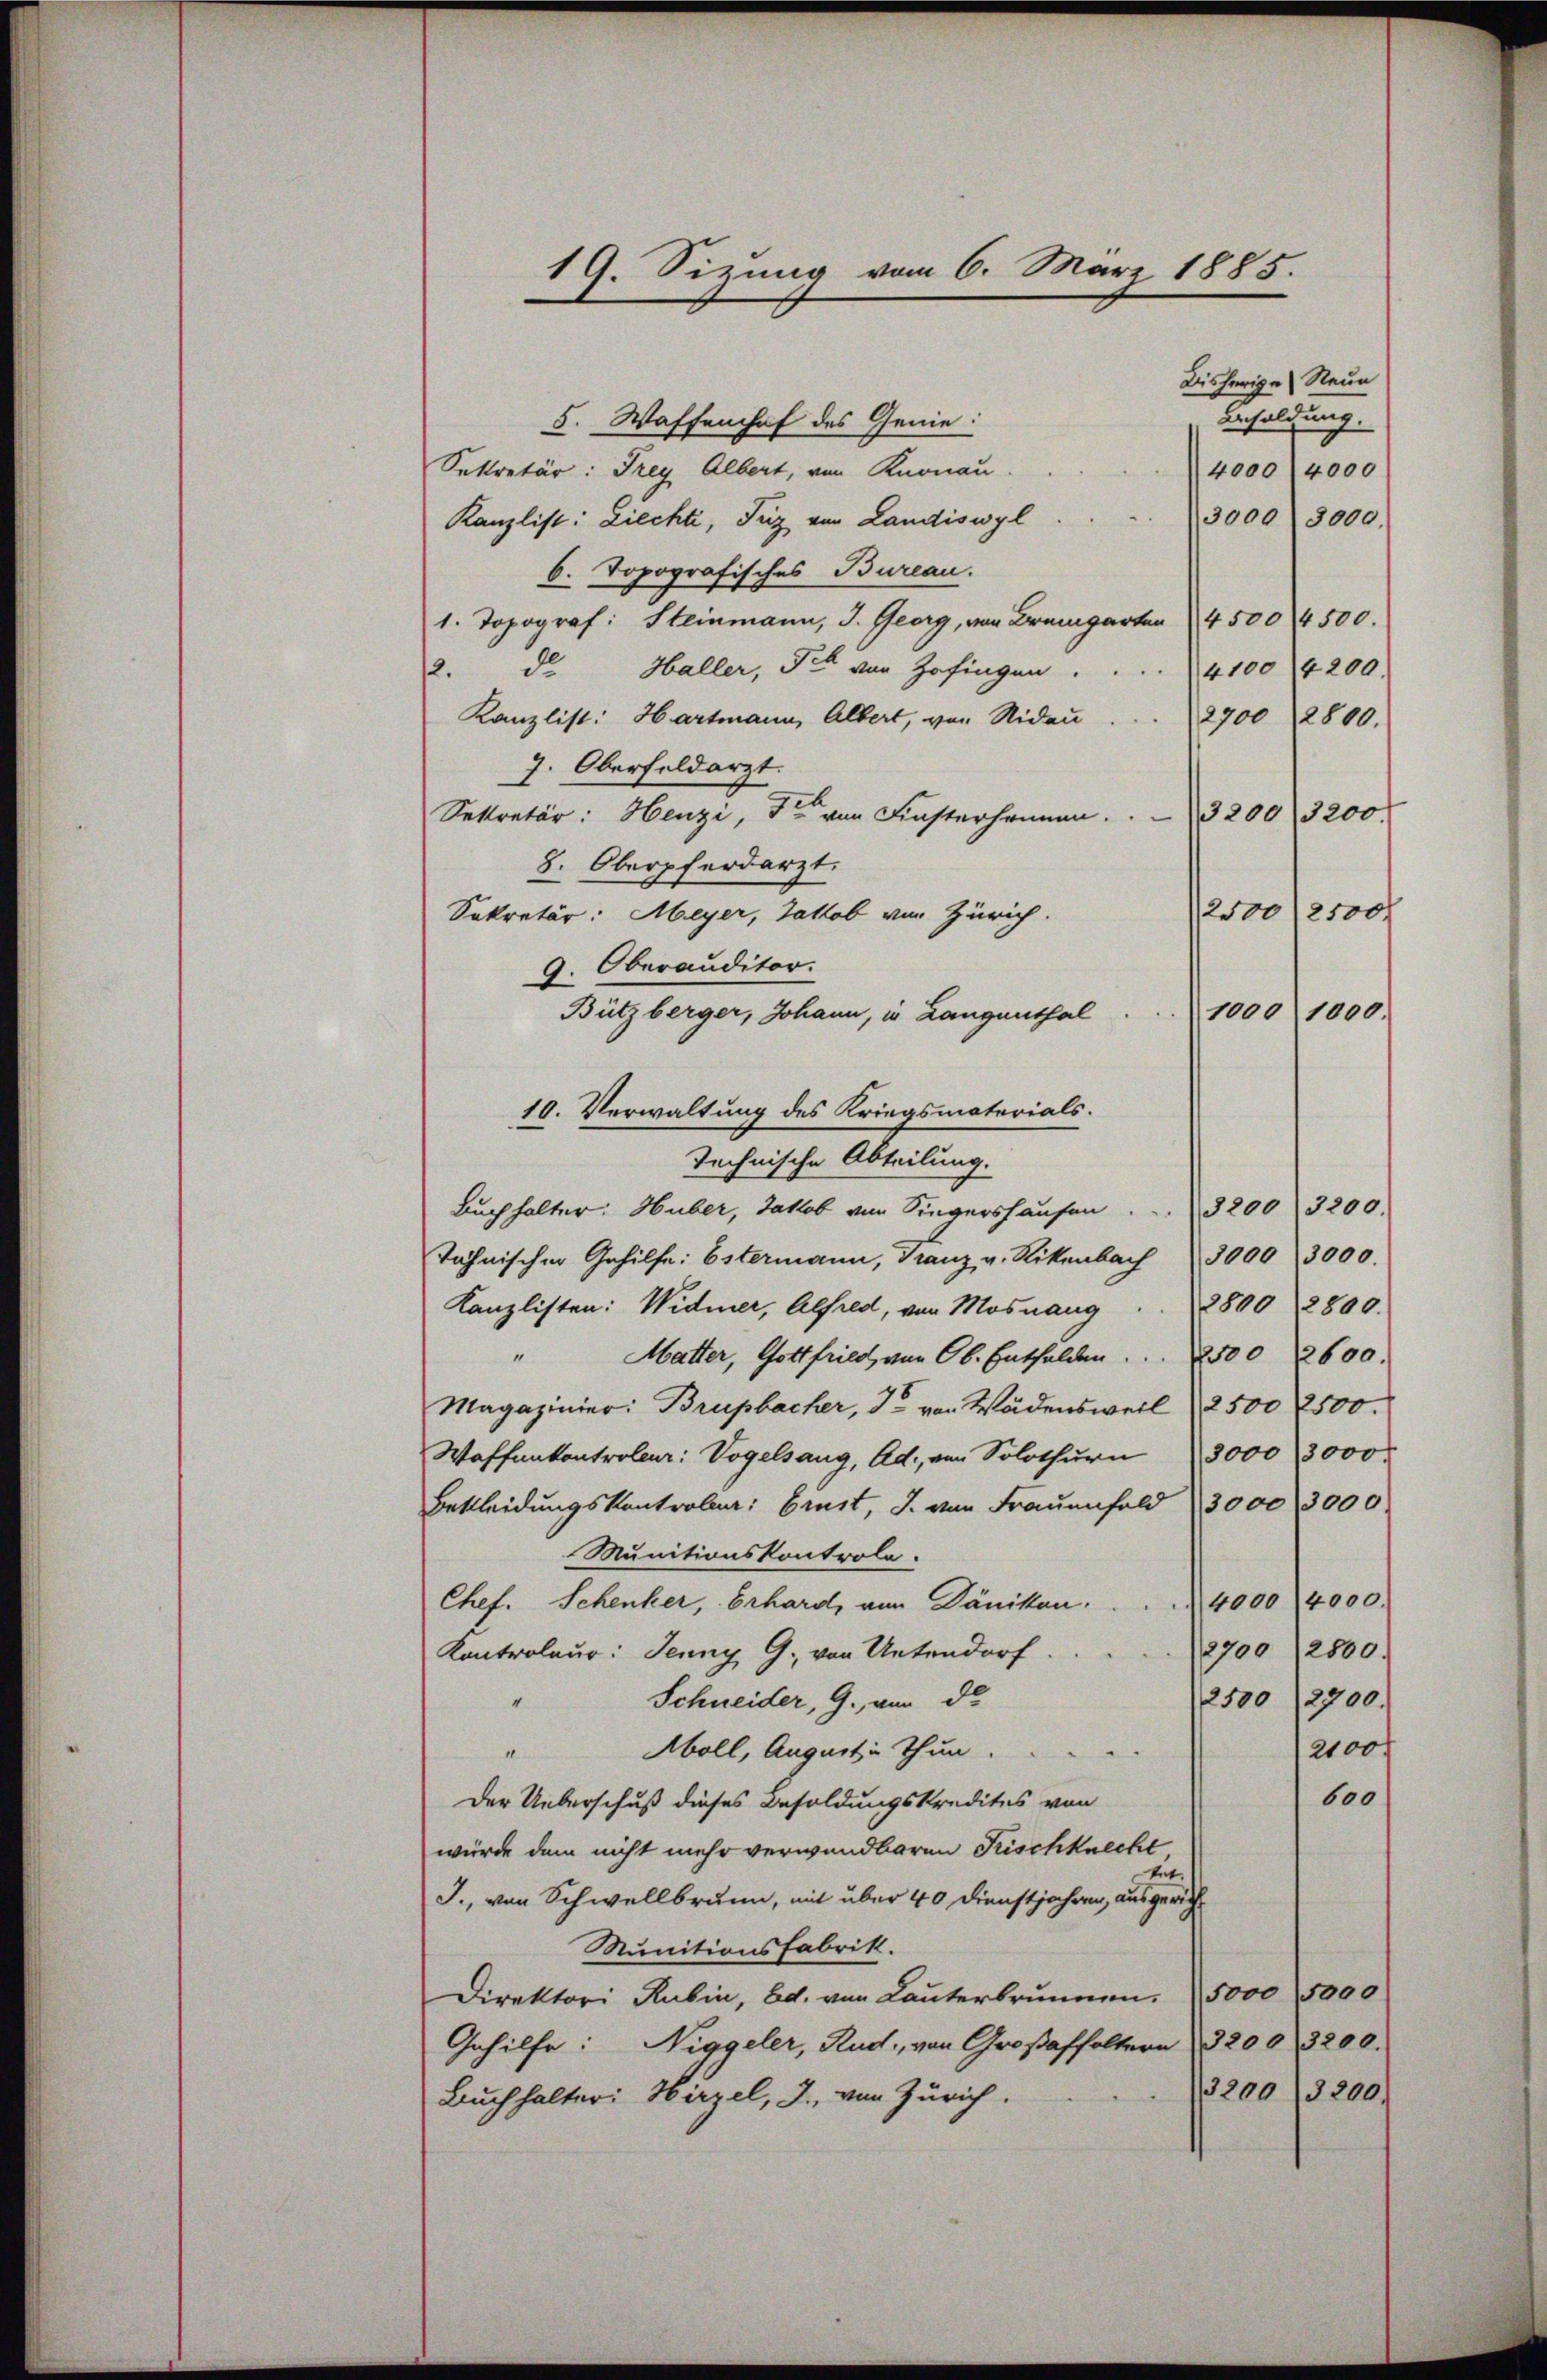
19. Sizung vom 6. März 1885.

Bisherige Neue
Besoldung.
5. Waffenhof des Genie:
Sekretär: Frey Albert, von Knonau.
4000 (4000
Kanzlist: Liechti, Tuz von Landiswyl
3000 (8000.
6. Topografisches Bureau.
1. Topograf: Steinmann, J. Georg, von Bremgarten 4500 4500.
2. de
Haller, Sie von Zofingen.
4100 4200.
Kanzlist: Hartmann, Albert, von Nidau
2700 2800.
7. Oberfeldarzt.
Sekretär: Henzi, der von Finsterhammen. 3200. 3200.
8. Oberpferdarzt.
2500 12500
Sekretär: Meyer, Jakob von Zürich.
9. Oberauditor
Bützberger, Johann, in Langenthal . . . 1000 1000.
10. Verwaltung des Kriegsmaterials.
Technische Abteilung.
Buchhalter: Huber, Jakob von Singershaŭsen . . . 3200 3200.
Tähnischer Gehilfe: Estermann, Franz v. Rikenbach 3000  3000.
Kanzlisten: Widmer, Alfred, von Mosnang . . 2800 2800.
" Matter, Gottfried, von Ob. Entfalden . . . 500 2600.
Magazinier: Brupbacher, J. von Wädensweil (2500 2500.
Waffenkontrole: Vogelsang, Ad. von Solothurn 3000, 3000
Bekleidungskontroler: Brust, J. von Frauenfeld (3000 3000
Munitionskontrole.
Chef. Schenker, Erhard, von Dänikon . . . . 4000 4000.
Kontroleur: Jenny G. von Untendorf.
2700 (2800.
Schneider, G. am d
2500 (12700.
Aboll, August in Thun.
2100
II.
600
Der Ueberschuß dieses Besoldungskredites von
würde dem nicht mehr verwendbaren Frischknecht
tut.
J., von Schwellbrunn, mit über 40 Dienstjahren, ausgerich¬
Munitionsfabrik.
Direktori Rubin, Bd. von Lauterbrunnen. 5000 (5000
Gehilfe: Niggeler, Ruch, von Großaffoltern 3200. 3200.
3200/3200.
Buchhalter: Wirzel, J., von Zürich.